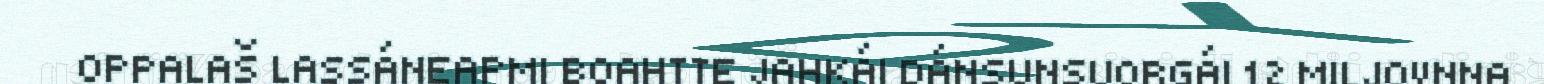
OPPALAŠ LASSÁNEAPMI BOAHTTE JAHKÁI DÁNSUNSUORGÁI 12 MILJOVNNA